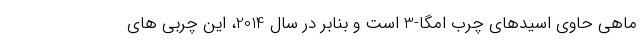
ماهی حاوی اسیدهای چرب امگا-3 است و بنابر در سال 2014، این چربی های